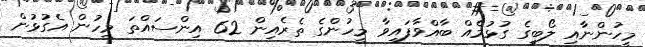
މީހުންނާއި ލޯބީގެ ގުޅުމެއް ބާއްވާފައިވާ މީހުންގެ ތެރެއިން 62 އިންސައްތަ މީހުން އެގުޅުން